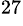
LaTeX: ^{27}